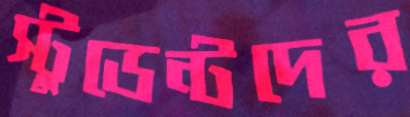
স্টুডেন্টদের